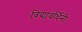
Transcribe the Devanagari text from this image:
विद्यावर्धिनी